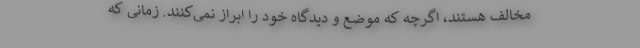
مخالف هستند، اگرچه که موضع و دیدگاه خود را ابراز نمی‌کنند. زمانی که